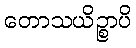
တောသယိဉ္စာပိ